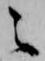
之